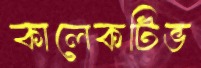
কালেকটিভ